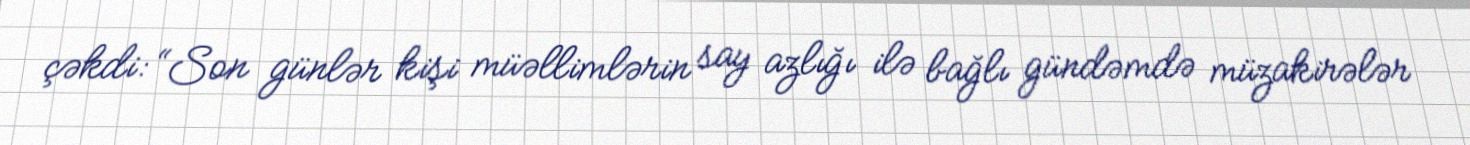
çəkdi: “Son günlər kişi müəllimlərin say azlığı ilə bağlı gündəmdə müzakirələr